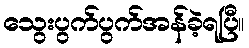
သွေးပွက်ပွက်အန်ခဲ့ရပြီ။